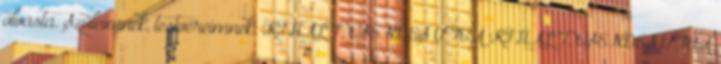
olvasta. Szüleimnek, testvéreimnek, KIHALT, CSENDES UTCA KIHALT, CSENDES UTCA